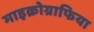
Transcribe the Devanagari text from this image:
माइक्रोग्राफिया